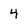
Character: 4